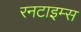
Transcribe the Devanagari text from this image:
रनटाइम्स